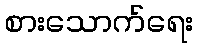
စားသောက်ရေး